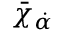
\bar { \chi } _ { \dot { \alpha } } \: